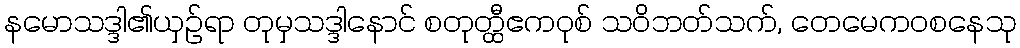
နမောသဒ္ဒါ၏ယှဉ်ရာ တုမှသဒ္ဒါနောင် စတုတ္ထီဧကဝုစ် သဝိဘတ်သက်, တေမေကဝစနေသု